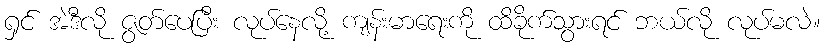
ရှင် အဲဒီလို ဇွတ်ပေပြီး လုပ်နေလို့ ကျန်းမာရေးကို ထိခိုက်သွားရင် ဘယ်လို လုပ်မလဲ။